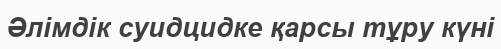
Әлімдік суидцидке қарсы тұру күні